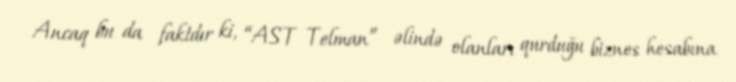
Ancaq bu da faktdır ki, “AST Telman” əlində olanları qurduğu biznes hesabına